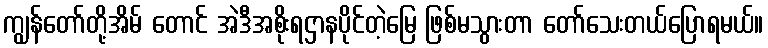
ကျွန်တော်တို့အိမ် တောင် အဲဒီအစိုးရဌာနပိုင်တဲ့မြေ ဖြစ်မသွားတာ တော်သေးတယ်ပြောရမယ်။